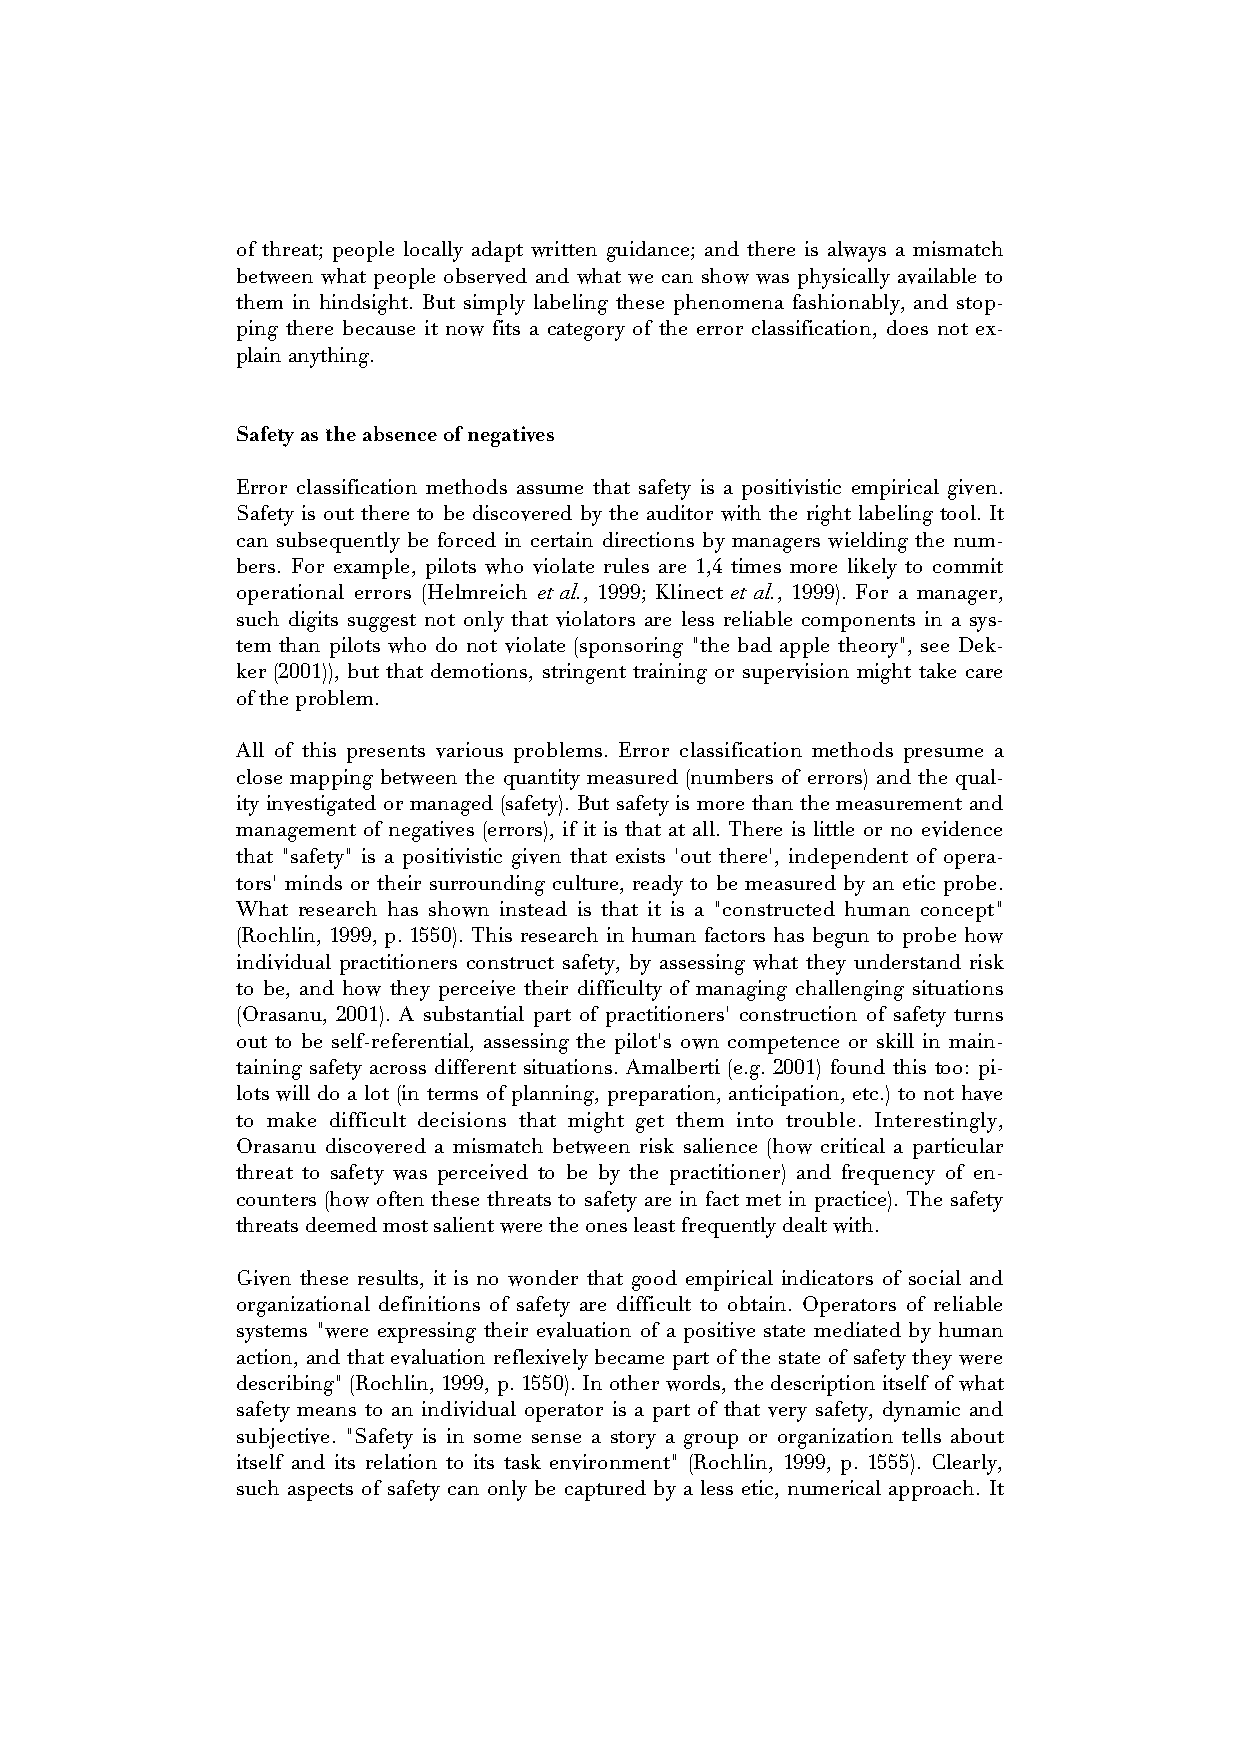
of threat; people locally adapt written guidance; and there is always a mismatch
 between what people observed and what we can show was physically available to
 them in hindsight. But simply labeling these phenomena fashionably, and stop-
 ping there because it now fits a category of the error classification, does not ex-
 plain anything.
 Safety as the absence of negatives
 Error classification methods assume that safety is a positivistic empirical given.
 Safety is out there to be discovered by the auditor with the right labeling tool. It
 can subsequently be forced in certain directions by managers wielding the num-
 bers. For example, pilots who violate rules are 1,4 times more likely to commit
 operational errors (Helmreich et al., 1999; Klinect et al., 1999). For a manager,
 such digits suggest not only that violators are less reliable components in a sys-
 tem than pilots who do not violate (sponsoring "the bad apple theory", see Dek-
 ker (2001)), but that demotions, stringent training or supervision might take care
 of the problem.
 All of this presents various problems. Error classification methods presume a
 close mapping between the quantity measured (numbers of errors) and the qual-
 ity investigated or managed (safety). But safety is more than the measurement and
 management of negatives (errors), if it is that at all. There is little or no evidence
 that "safety" is a positivistic given that exists 'out there', independent of opera-
 tors' minds or their surrounding culture, ready to be measured by an etic probe.
 What research has shown instead is that it is a "constructed human concept"
 (Rochlin, 1999, p. 1550). This research in human factors has begun to probe how
 individual practitioners construct safety, by assessing what they understand risk
 to be, and how they perceive their difficulty of managing challenging situations
 (Orasanu, 2001). A substantial part of practitioners' construction of safety turns
 out to be self-referential, assessing the pilot's own competence or skill in main-
 taining safety across different situations. Amalberti (e.g. 2001) found this too: pi-
 lots will do a lot (in terms of planning, preparation, anticipation, etc.) to not have
 to make difficult decisions that might get them into trouble. Interestingly,
 Orasanu discovered a mismatch between risk salience (how critical a particular
 threat to safety was perceived to be by the practitioner) and frequency of en-
 counters (how often these threats to safety are in fact met in practice). The safety
 threats deemed most salient were the ones least frequently dealt with.
 Given these results, it is no wonder that good empirical indicators of social and
 organizational definitions of safety are difficult to obtain. Operators of reliable
 systems "were expressing their evaluation of a positive state mediated by human
 action, and that evaluation reflexively became part of the state of safety they were
 describing" (Rochlin, 1999, p. 1550). In other words, the description itself of what
 safety means to an individual operator is a part of that very safety, dynamic and
 subjective. "Safety is in some sense a story a group or organization tells about
 itself and its relation to its task environment" (Rochlin, 1999, p. 1555). Clearly,
 such aspects of safety can only be captured by a less etic, numerical approach. It